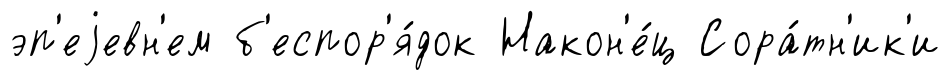
эп'еjевн'ем б'еспор'я́док Након'е́ц Сора́тн'ик'и